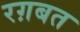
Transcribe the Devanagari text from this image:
रग़बत